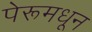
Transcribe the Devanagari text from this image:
पेरूमधून